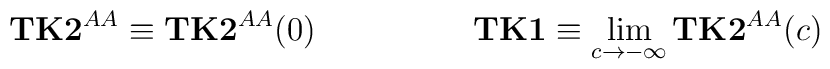
{\bf TK2}^{AA} \equiv {\bf TK2}^{AA}(0) \hspace{2cm} {\bf TK1}\equiv \lim_{c \rightarrow -\infty} {\bf TK2}^{AA} (c)